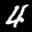
Label: 4